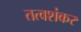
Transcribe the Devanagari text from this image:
तत्वशंकर